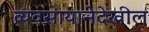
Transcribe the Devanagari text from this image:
व्यवसायानेदेखील